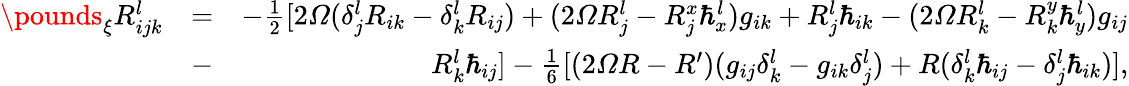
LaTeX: \begin{array}{rlr}{\pounds_{\xi}R_{ijk}^{l}}&{=}&{-\frac{1}{2}[2\varOmega(\delta_{j}^{l}R_{ik}-\delta_{k}^{l}R_{ij})+(2\varOmega R_{j}^{l}-R_{j}^{x}\hbar_{x}^{l})g_{ik}+R_{j}^{l}\hbar_{ik}-(2\varOmega R_{k}^{l}-R_{k}^{y}\hbar_{y}^{l})g_{ij}}\\ &{-}&{R_{k}^{l}\hbar_{ij}]-\frac{1}{6}[(2\varOmega R-R^{\prime})(g_{ij}\delta_{k}^{l}-g_{ik}\delta_{j}^{l})+R(\delta_{k}^{l}\hbar_{ij}-\delta_{j}^{l}\hbar_{ik})],}\end{array}